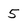
Character: 5